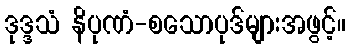
ဒုဒ္ဒသံ နိပုဏံ-စသောပုဒ်များအဖွင့်။